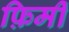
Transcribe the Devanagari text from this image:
फ़िर्मी